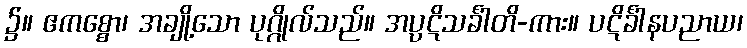
၌။ ဧကစ္စော၊ အချို့သော ပုဂ္ဂိုလ်သည်။ အပ္ပဋိသင်္ခါတိ-ကား။ ပဋိင်္ခါနပညာယ၊